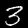
Label: 3